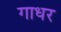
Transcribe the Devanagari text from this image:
गाधर